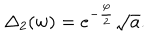
LaTeX: \Delta _ { 2 } ( w ) = e ^ { - \frac { \varphi } { 2 } } \sqrt { a } .